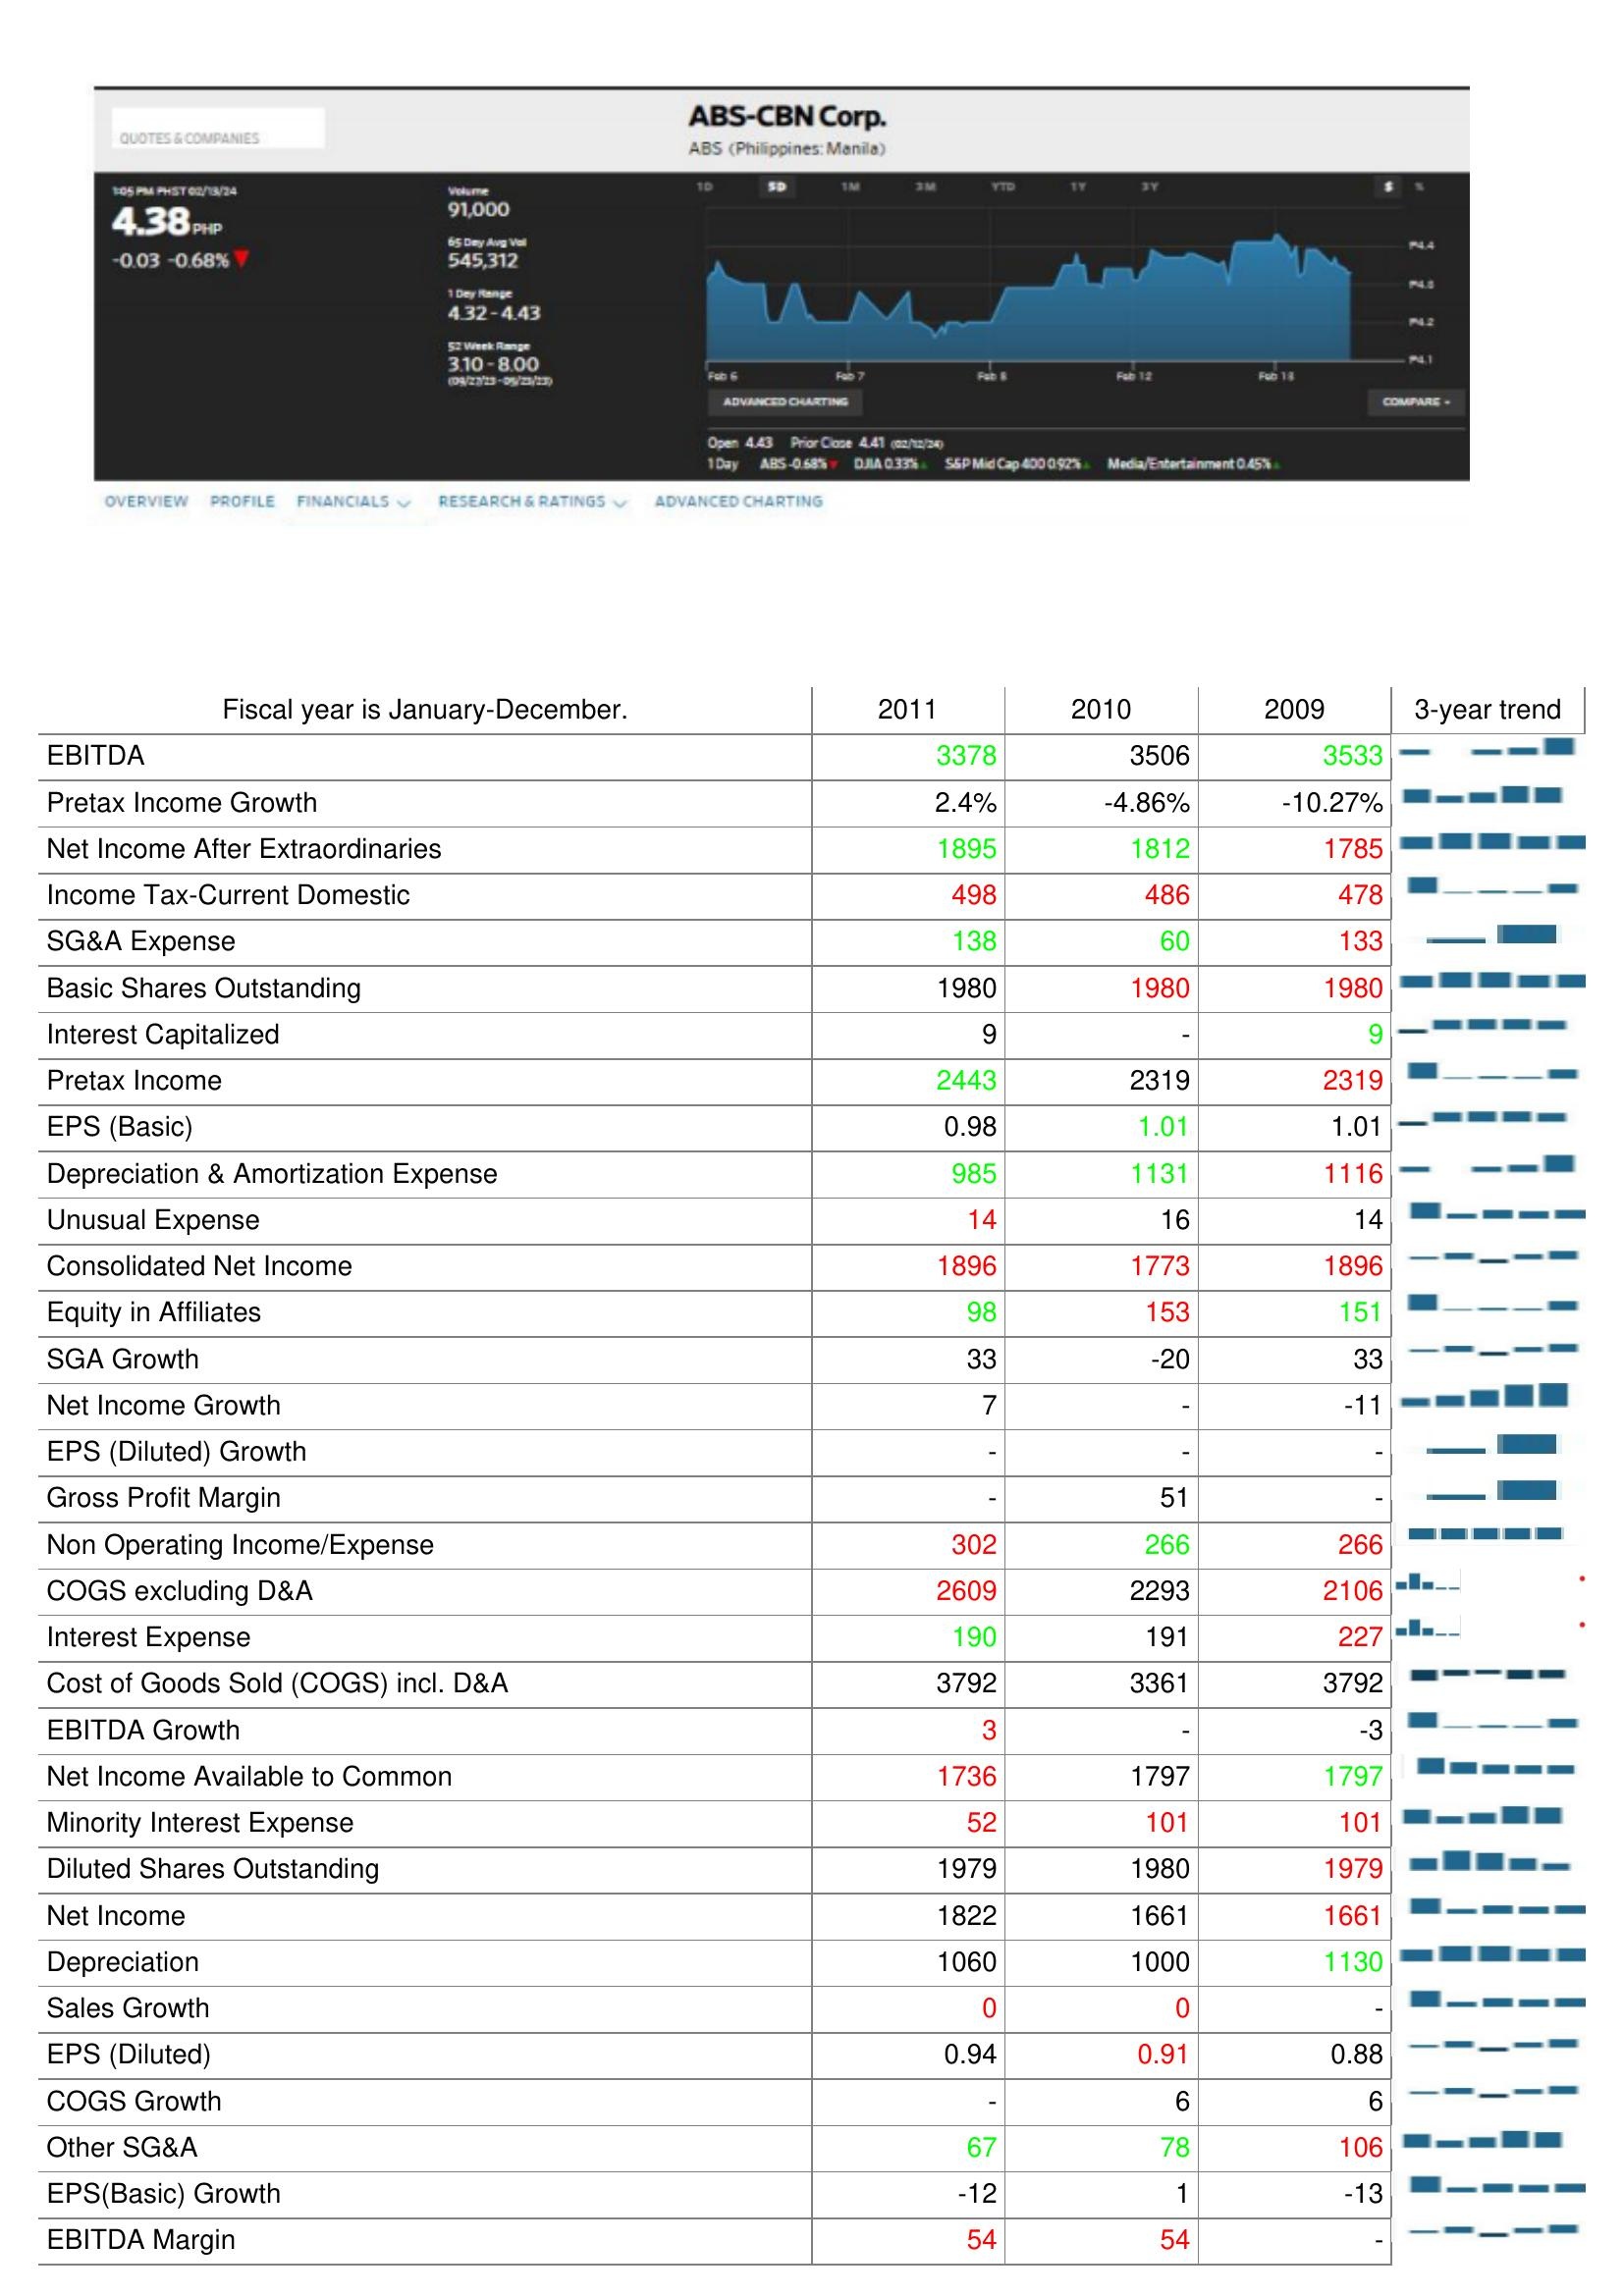
2011: : EBITDA: 3378
Pretax Income Growth: 2.4%
Net Income After Extraordinaries: 1895
Income Tax-Current Domestic: 498
SG&A Expense: 138
Basic Shares Outstanding: 1980
Interest Capitalized: 9
Pretax Income: 2443
EPS (Basic): 0.98
Depreciation & Amortization Expense: 985
Unusual Expense: 14
Consolidated Net Income: 1896
Equity in Affiliates: 98
SGA Growth: 33
Net Income Growth: 7
EPS (Diluted) Growth: -
Gross Profit Margin: -
Non Operating Income/Expense: 302
COGS excluding D&A: 2609
Interest Expense: 190
Cost of Goods Sold (COGS) incl. D&A: 3792
EBITDA Growth: 3
Net Income Available to Common: 1736
Minority Interest Expense: 52
Diluted Shares Outstanding: 1979
Net Income: 1822
Depreciation: 1060
Sales Growth: 0
EPS (Diluted): 0.94
COGS Growth: -
Other SG&A: 67
EPS(Basic) Growth: -12
EBITDA Margin: 54
2010: : EBITDA: 3506
Pretax Income Growth: -4.86%
Net Income After Extraordinaries: 1812
Income Tax-Current Domestic: 486
SG&A Expense: 60
Basic Shares Outstanding: 1980
Interest Capitalized: -
Pretax Income: 2319
EPS (Basic): 1.01
Depreciation & Amortization Expense: 1131
Unusual Expense: 16
Consolidated Net Income: 1773
Equity in Affiliates: 153
SGA Growth: -20
Net Income Growth: -
EPS (Diluted) Growth: -
Gross Profit Margin: 51
Non Operating Income/Expense: 266
COGS excluding D&A: 2293
Interest Expense: 191
Cost of Goods Sold (COGS) incl. D&A: 3361
EBITDA Growth: -
Net Income Available to Common: 1797
Minority Interest Expense: 101
Diluted Shares Outstanding: 1980
Net Income: 1661
Depreciation: 1000
Sales Growth: 0
EPS (Diluted): 0.91
COGS Growth: 6
Other SG&A: 78
EPS(Basic) Growth: 1
EBITDA Margin: 54
2009: : EBITDA: 3533
Pretax Income Growth: -10.27%
Net Income After Extraordinaries: 1785
Income Tax-Current Domestic: 478
SG&A Expense: 133
Basic Shares Outstanding: 1980
Interest Capitalized: 9
Pretax Income: 2319
EPS (Basic): 1.01
Depreciation & Amortization Expense: 1116
Unusual Expense: 14
Consolidated Net Income: 1896
Equity in Affiliates: 151
SGA Growth: 33
Net Income Growth: -11
EPS (Diluted) Growth: -
Gross Profit Margin: -
Non Operating Income/Expense: 266
COGS excluding D&A: 2106
Interest Expense: 227
Cost of Goods Sold (COGS) incl. D&A: 3792
EBITDA Growth: -3
Net Income Available to Common: 1797
Minority Interest Expense: 101
Diluted Shares Outstanding: 1979
Net Income: 1661
Depreciation: 1130
Sales Growth: -
EPS (Diluted): 0.88
COGS Growth: 6
Other SG&A: 106
EPS(Basic) Growth: -13
EBITDA Margin: -